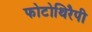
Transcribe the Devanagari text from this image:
फोटोथिरैपी